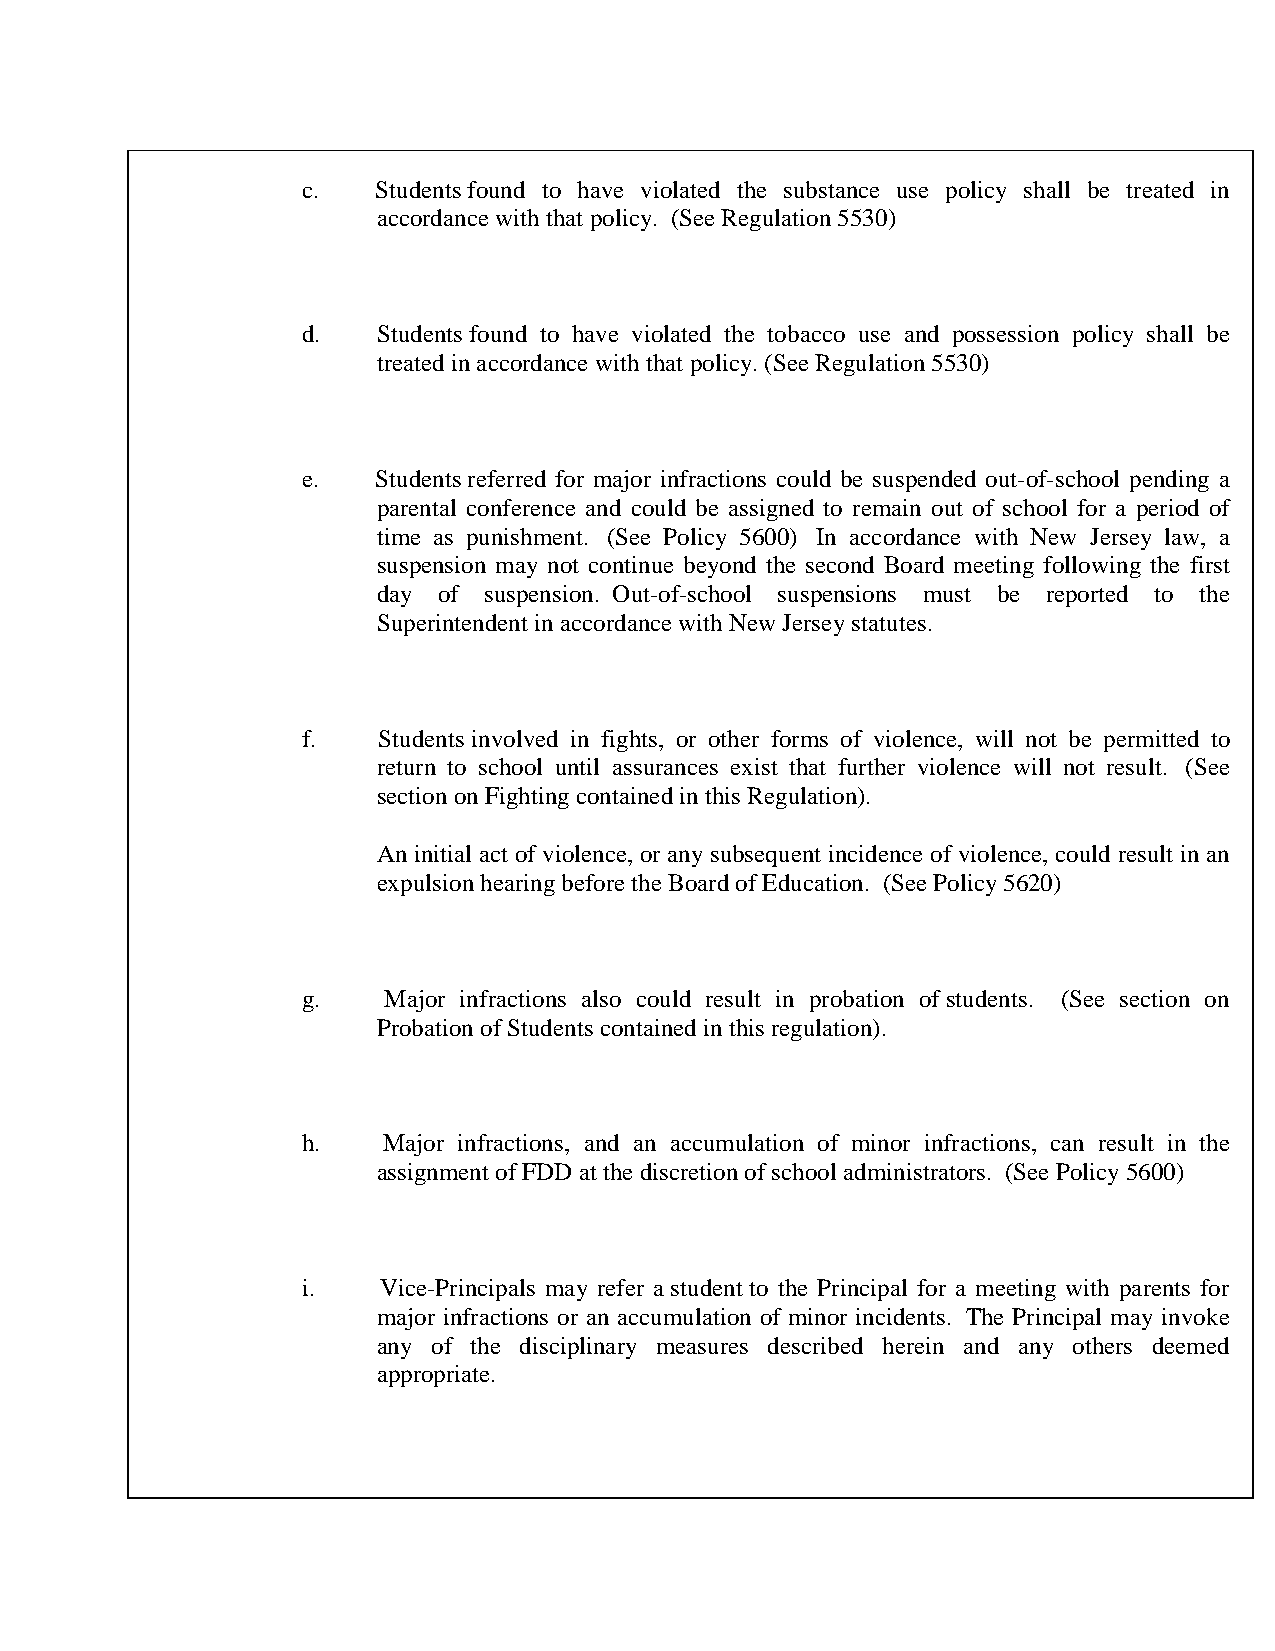
c.   Students found to have violated the substance use policy shall be treated in
 accordance with that policy. (See Regulation 5530)
 d.   Students found to have violated the tobacco use and possession policy shall be
 treated in accordance with that policy. (See Regulation 5530)
 e.   Students referred for major infractions could be suspended out-of-school pending a
 parental conference and could be assigned to remain out of school for a period of
 time as punishment. (See Policy 5600) In accordance with New Jersey law, a
 suspension may not continue beyond the second Board meeting following the first
 day of suspension. Out-of-school suspensions must be reported to the
 Superintendent in accordance with New Jersey statutes.
 f.   Students involved in fights, or other forms of violence, will not be permitted to
 return to school until assurances exist that further violence will not result. (See
 section on Fighting contained in this Regulation).
 An initial act of violence, or any subsequent incidence of violence, could result in an
 expulsion hearing before the Board of Education. (See Policy 5620)
 g.   Major infractions also could result in probation of students. (See section on
 Probation of Students contained in this regulation).
 h.   Major infractions, and an accumulation of minor infractions, can result in the
 assignment of FDD at the discretion of school administrators. (See Policy 5600)
 i.   Vice-Principals may refer a student to the Principal for a meeting with parents for
 major infractions or an accumulation of minor incidents. The Principal may invoke
 any of the disciplinary measures described herein and any others deemed
 appropriate.